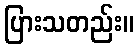
ပြားသတည်း။